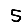
Digit: 5